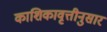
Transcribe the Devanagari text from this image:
काशिकावृत्तीनुसार